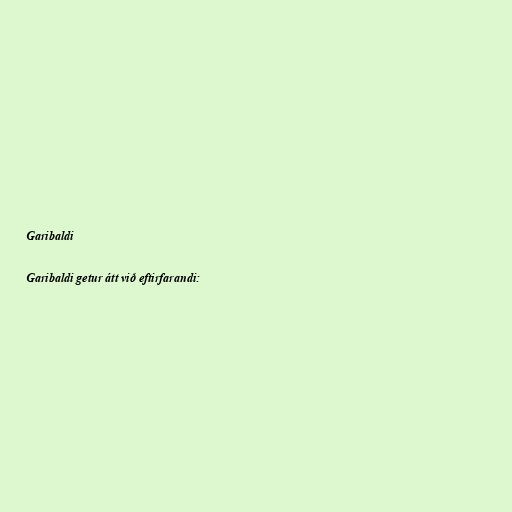
Garibaldi

Garibaldi getur átt við eftirfarandi: